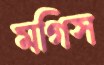
মগিস